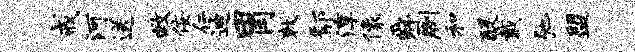
戒河送救佞仁迪胃敕鄢淳像舜劂和醍戴弛盟